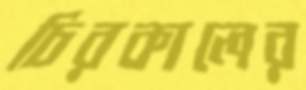
চিরকালের